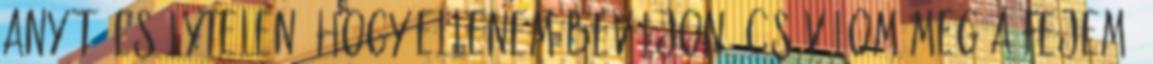
anyát, esélytelen, hogy ellenem beváljon. Csóválom meg a fejem,